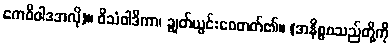
ကေစိဝါဒအလို)။ ဝိသံဝါဒိကာ၊ ချွတ်ယွင်းစေတတ်၏။ (အနိစ္စစသည်တို့ကို